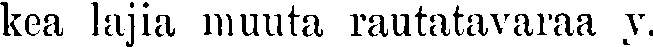
kea lajia muuta rautatavaraa y.